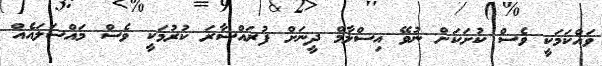
ވައްކަމަކީ ވެސް ކުށަކަށް ނުވޭ އިސްލާމް ދީނަށް ފުރައްސާރަ ކުރުމަކީ ވެސް މައްސަލައެއް